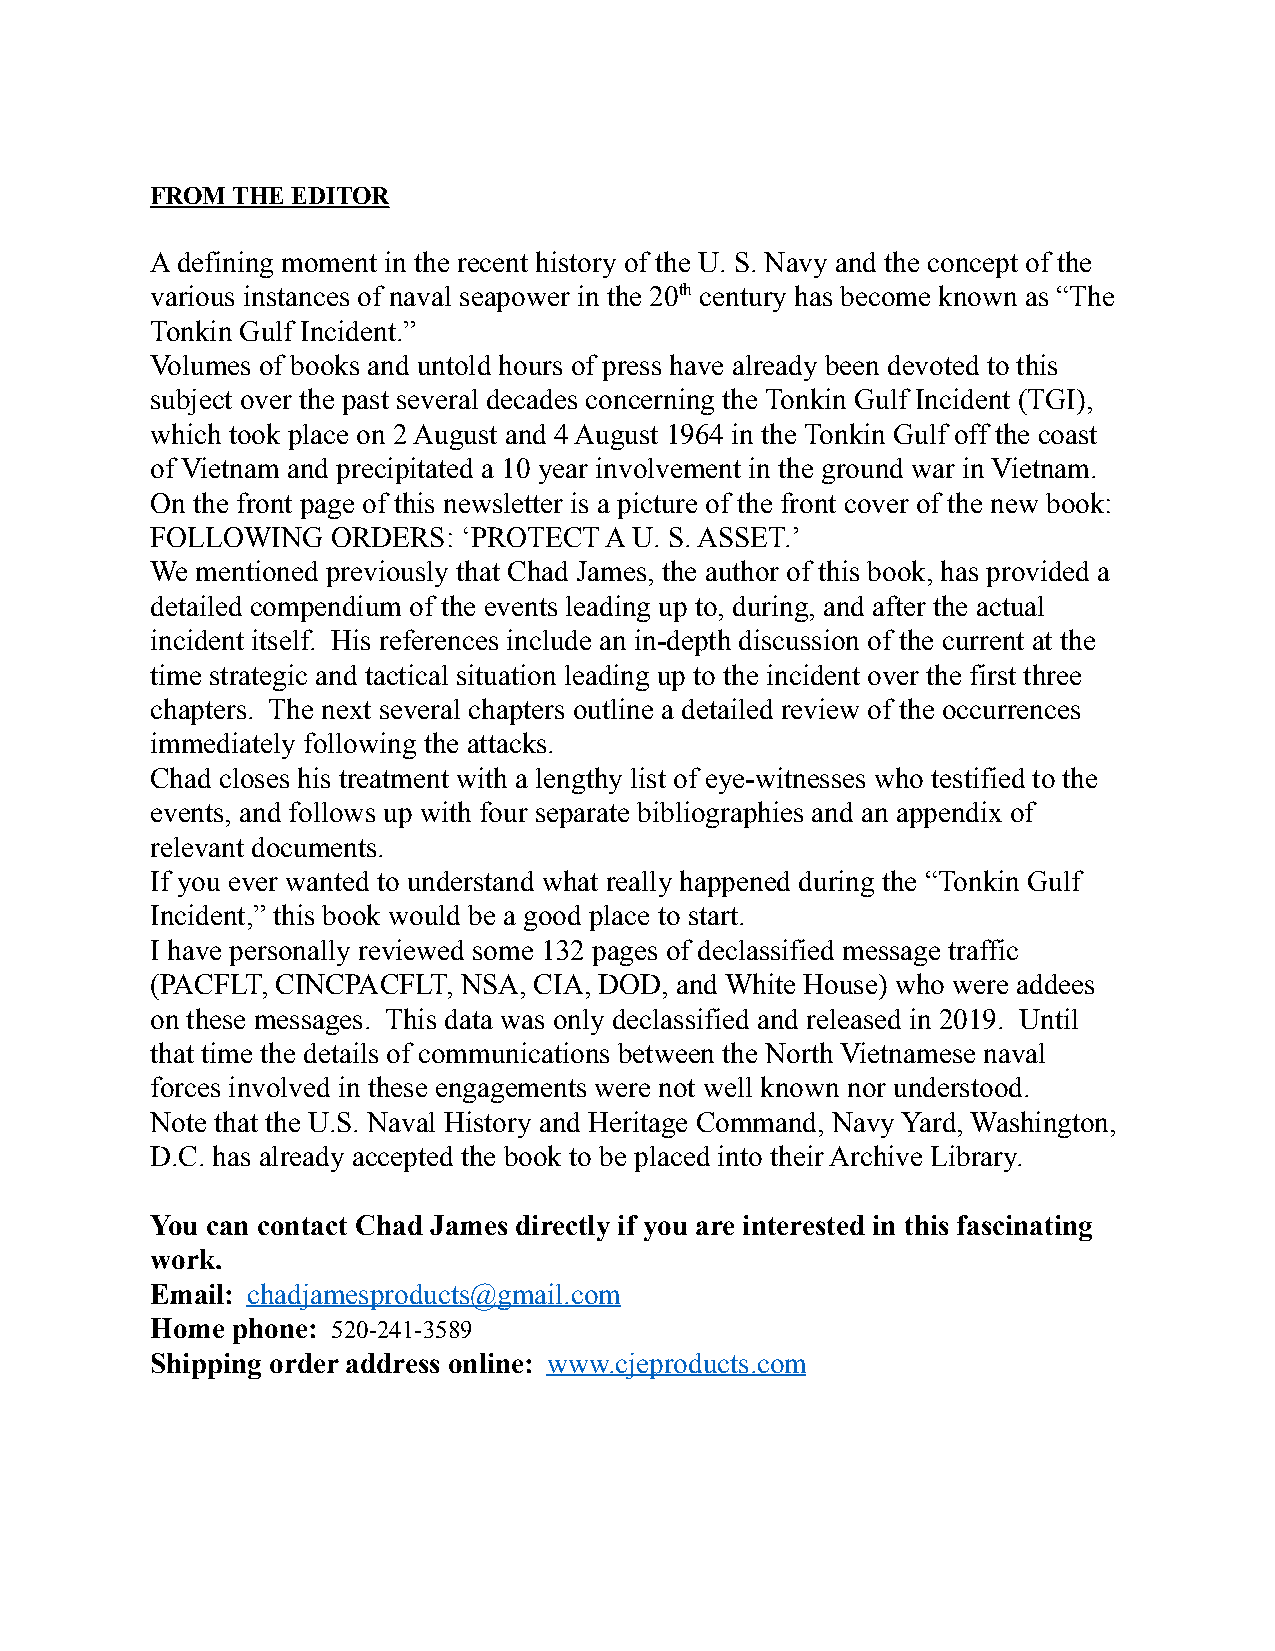
FROM THE EDITOR
 A defining moment in the recent history of the U. S. Navy and the concept of the
 various instances of naval seapower in the 20th century has become known as “The
 Tonkin Gulf Incident.”
 Volumes of books and untold hours of press have already been devoted to this
 subject over the past several decades concerning the Tonkin Gulf Incident (TGI),
 which took place on 2 August and 4 August 1964 in the Tonkin Gulf off the coast
 of Vietnam and precipitated a 10 year involvement in the ground war in Vietnam.
 On the front page of this newsletter is a picture of the front cover of the new book:
 FOLLOWING   ORDERS:  ‘PROTECT A U. S. ASSET.’
 We mentioned previously that Chad James, the author of this book, has provided a
 detailed compendium of the events leading up to, during, and after the actual
 incident itself. His references include an in-depth discussion of the current at the
 time strategic and tactical situation leading up to the incident over the first three
 chapters. The next several chapters outline a detailed review of the occurrences
 immediately following the attacks.
 Chad closes his treatment with a lengthy list of eye-witnesses who testified to the
 events, and follows up with four separate bibliographies and an appendix of
 relevant documents.
 If you ever wanted to understand what really happened during the “Tonkin Gulf
 Incident,” this book would be a good place to start.
 I have personally reviewed some 132 pages of declassified message traffic
 (PACFLT, CINCPACFLT, NSA, CIA, DOD, and White House) who were addees
 on these messages. This data was only declassified and released in 2019. Until
 that time the details of communications between the North Vietnamese naval
 forces involved in these engagements were not well known nor understood.
 Note that the U.S. Naval History and Heritage Command, Navy Yard, Washington,
 D.C. has already accepted the book to be placed into their Archive Library.
 You can contact Chad James directly if you are interested in this fascinating
 work.
 Email: chadjamesproducts@gmail.com
 Home phone: 520-241-3589
 Shipping order address online: www.cjeproducts.com